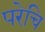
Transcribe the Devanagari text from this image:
परेचि